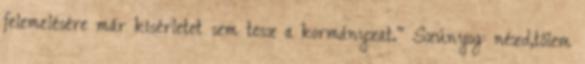
felemelésére már kísérletet sem tesz a kormányzat." Szúnyog: nézd,tőlem